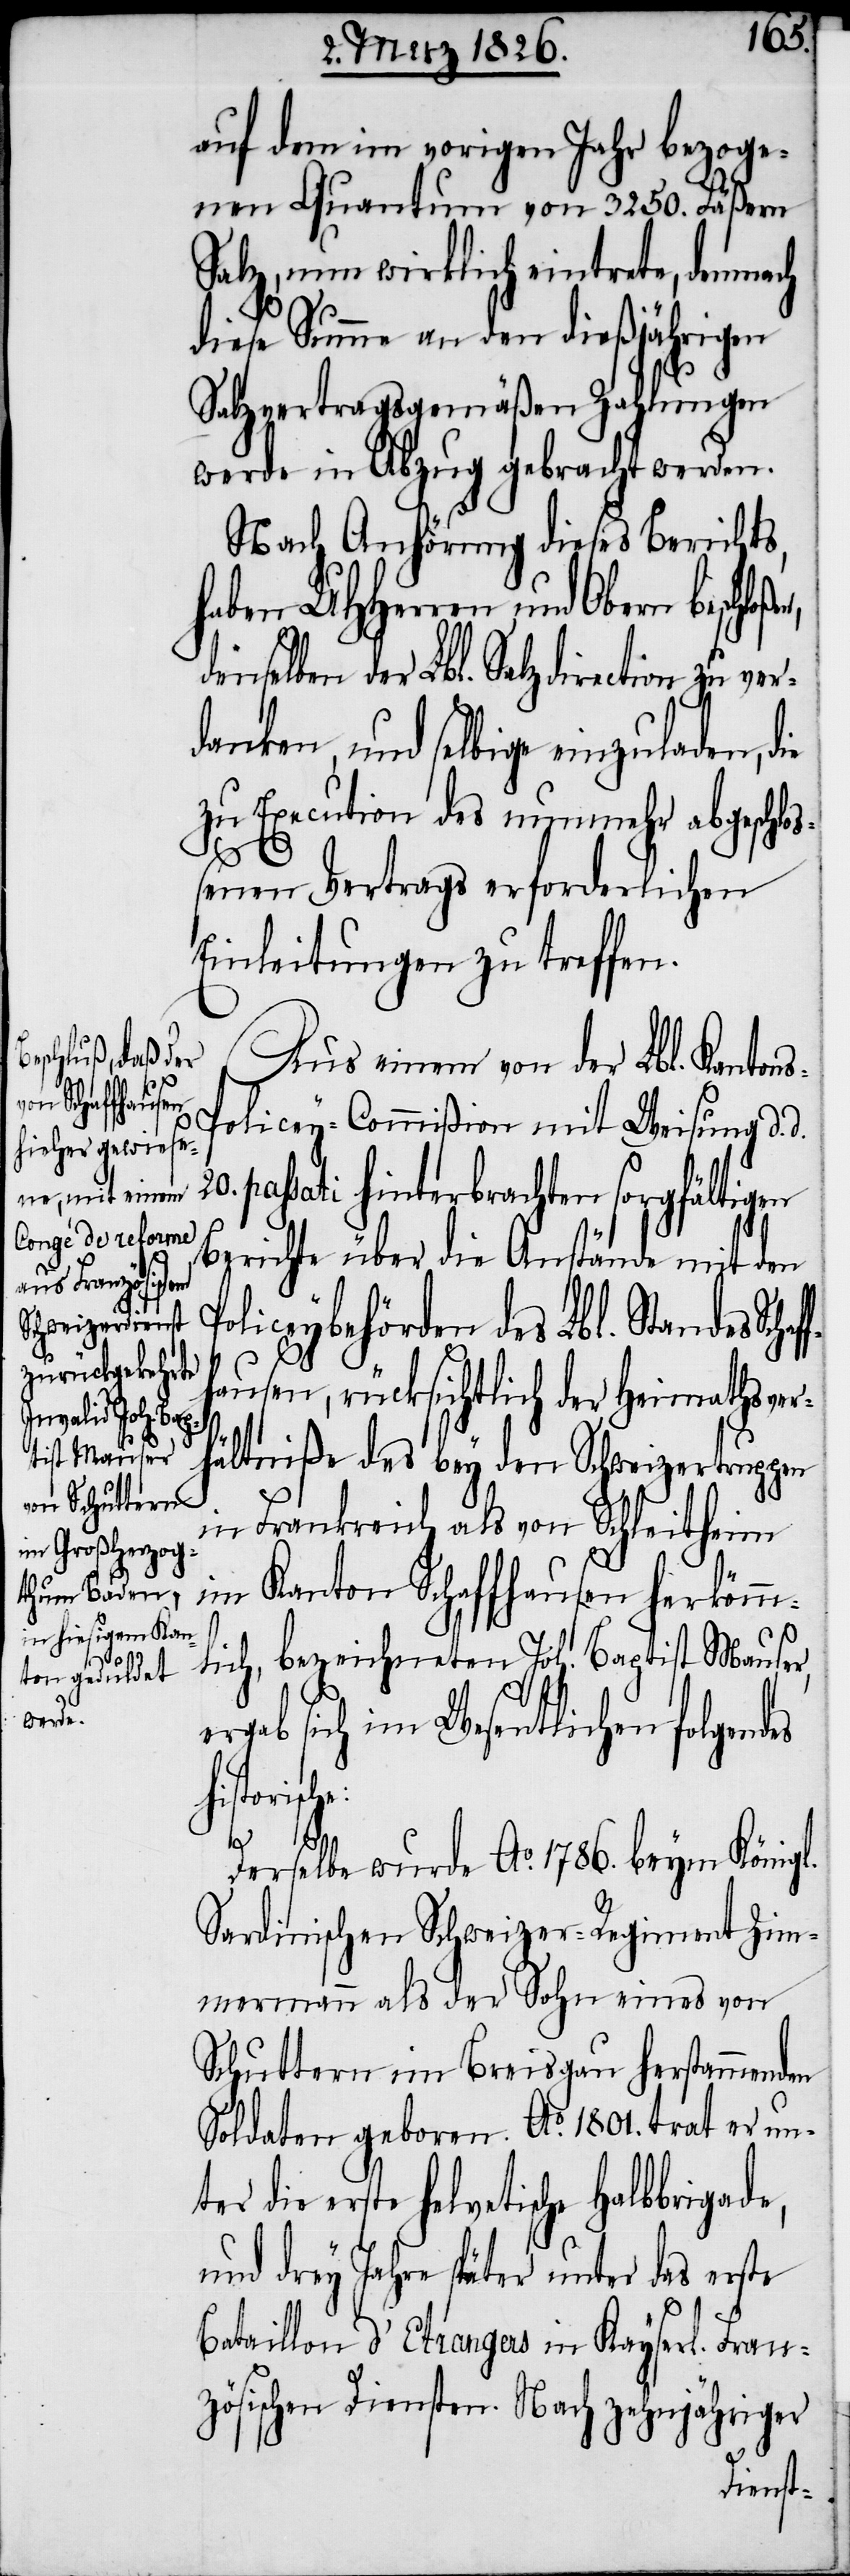
auf dem im vorigen Jahr bezoge¬
nen Quantum von 3250. Fäßern
Salz, nun wirklich eintrete, demnach
diese Summe an den dießjährigen
Salzvertragsgemäßen Zahlungen
werde in Abzug gebracht werden.
Nach Anhörung dieses Berichts,
haben UHHerren und Obern beschl¬
denselben der Lbl. Salzdirection zu ver¬
danken, und selbige einzuladen, d¬
zu Execution des nunmehr abgeschlo¬
d.
ßenen Vertrags erforderlichen
Einleitungen zu treffen.
Aus einem von der Lbl. Kanton¬
olicey-Commißion mit Weisung d.
passati hinterbrachten sorgfältigen
Berichte über die Anstände mit den
liceybehörden des Lbl. Standes Sch¬
ausen, rücksichtlich der Heimathsver¬
hältniße des bey den Schweizertruppen
in Frankreich als von Schleitheim
im Kanton Schaffhausen herkömm¬
lich, bezeichneten Joh. Baptist Mauser,
rgab sich im Wesentlichen folgend¬
historisc¬
he:
Derselbe wurde Ao. 1786. beym Königl.
Sardinischen Schweizer-Regiment Zim¬
mermann als der Sohn eines von
Schuttern im Breisgau herstammenden
Soldaten geboren. Ao. 1801. trat er unt¬
er die erste helvetische Halbbrigade,
und drey Jahre später unter das erste
Bataillon d’Etranges in Kayserl. Fran¬
zösischen Diensten. Nach zehnjähriger